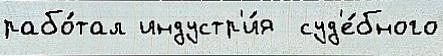
рабо́тал индустр'и́я  суд'е́бного